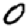
Digit: 0